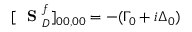
[ \mathrm { ~ \bf ~ S ~ } _ { D } ^ { f } ] _ { 0 0 , 0 0 } = - ( \Gamma _ { 0 } + i \Delta _ { 0 } )